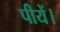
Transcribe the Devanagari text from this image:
पीयें।